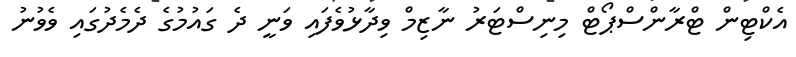
އެކްޓިން ޓްރާންސްޕޯޓް މިނިސްޓަރު ނާޒިމް ވިދާޅުވެފައި ވަނީ ދެ ގައުމުގެ ދެމެދުގައި ވެވުނު